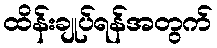
ထိန်းချုပ်ရန်အတွက်